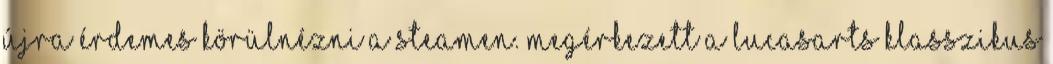
újra érdemes körülnézni a Steamen. Megérkezett a LucasArts klasszikus